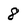
Character: 8